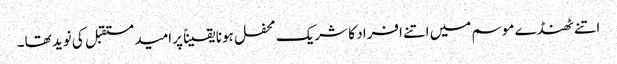
اتنے ٹھنڈے موسم میں اتنے افراد کا شریک محفل ہونا یقیناً پرامید مستقبل کی نوید تھا۔